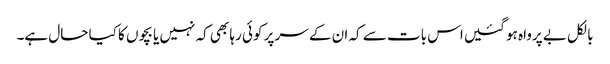
بالکل بے پرواہ ہو گئیں اس بات سے کہ ان کے سر پر کوئی رہا بھی کہ نہیں یا بچوں کا کیا حال ہے۔